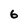
Character: 6